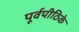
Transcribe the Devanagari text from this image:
पूर्वपीठिके